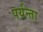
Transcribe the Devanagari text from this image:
पर्यन्ता